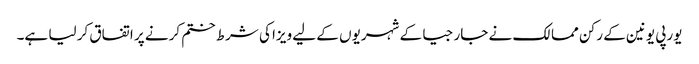
یورپی یونین کے رکن ممالک نے جارجیا کے شہریوں کے لیے ویزا کی شرط ختم کرنے پر اتفاق کر لیا ہے۔